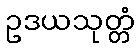
ဥဒယသုတ္တံ